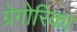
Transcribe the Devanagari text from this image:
ग्रेगोरिका